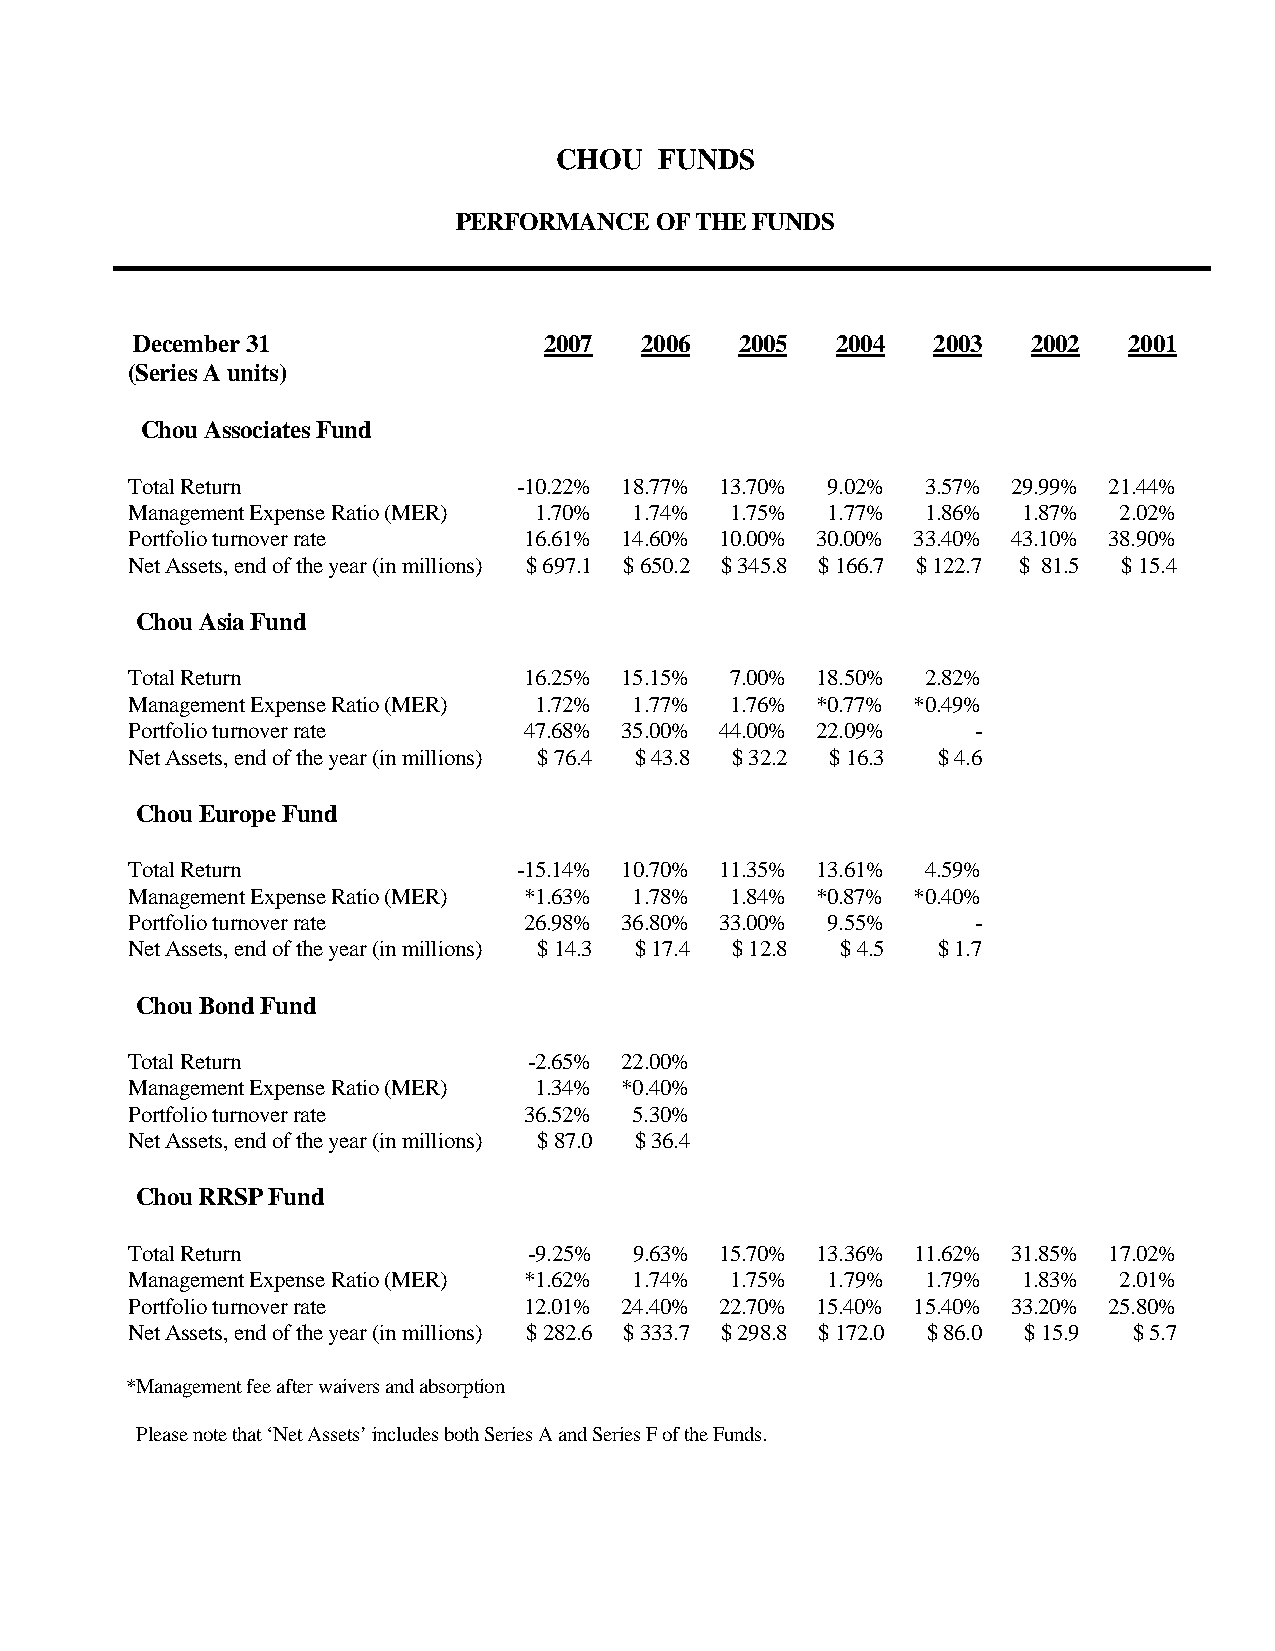
CHOU   FUNDS
 PERFORMANCE  OF THE FUNDS
 December 31                2007  2006   2005  2004   2003  2002   2001
 (Series A units)
 Chou Associates Fund
 Total Return              -10.22% 18.77% 13.70% 9.02% 3.57% 29.99% 21.44%
 Management Expense Ratio (MER) 1.70% 1.74% 1.75% 1.77% 1.86% 1.87% 2.02%
 Portfolio turnover rate    16.61% 14.60% 10.00% 30.00% 33.40% 43.10% 38.90%
 Net Assets, end of the year (in millions) $ 697.1 $ 650.2 $ 345.8 $ 166.7 $ 122.7 $ 81.5 $ 15.4
 Chou Asia Fund
 Total Return               16.25% 15.15% 7.00% 18.50% 2.82%
 Management Expense Ratio (MER) 1.72% 1.77% 1.76% *0.77% *0.49%
 Portfolio turnover rate    47.68% 35.00% 44.00% 22.09%   -
 Net Assets, end of the year (in millions) $ 76.4 $ 43.8 $ 32.2 $ 16.3 $ 4.6
 Chou Europe Fund
 Total Return              -15.14% 10.70% 11.35% 13.61% 4.59%
 Management Expense Ratio (MER) *1.63% 1.78% 1.84% *0.87% *0.40%
 Portfolio turnover rate    26.98% 36.80% 33.00% 9.55%    -
 Net Assets, end of the year (in millions) $ 14.3 $ 17.4 $ 12.8 $ 4.5 $ 1.7
 Chou Bond Fund
 Total Return               -2.65% 22.00%
 Management Expense Ratio (MER) 1.34% *0.40%
 Portfolio turnover rate    36.52% 5.30%
 Net Assets, end of the year (in millions) $ 87.0 $ 36.4
 Chou RRSP Fund
 Total Return               -9.25% 9.63% 15.70% 13.36% 11.62% 31.85% 17.02%
 Management Expense Ratio (MER) *1.62% 1.74% 1.75% 1.79% 1.79% 1.83% 2.01%
 Portfolio turnover rate    12.01% 24.40% 22.70% 15.40% 15.40% 33.20% 25.80%
 Net Assets, end of the year (in millions) $ 282.6 $ 333.7 $ 298.8 $ 172.0 $ 86.0 $ 15.9 $ 5.7
 *Management fee after waivers and absorption
 Please note that ‘Net Assets’ includes both Series A and Series F of the Funds.